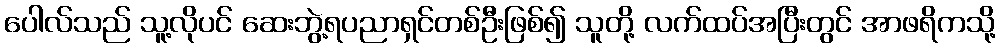
ပေါလ်သည် သူ့လိုပင် ဆေးဘွဲ့ရပညာရှင်တစ်ဦးဖြစ်၍ သူတို့ လက်ထပ်အပြီးတွင် အာဖရိကသို့